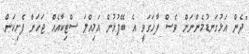
"ދެން އަޅުގަނޑުމެންނަށް ވެސް ފާހަގަވީ އެ ބޭފުޅުން އަމިއްލަ ސްޓިކާއެއް ޖަހަން ފެށިކަން.